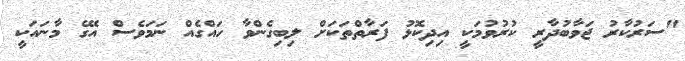
"ސަރުކާރު ޖަވާބުދާރީ ކުރުވުމަކީ އިދިކޮޅު ފަރާތްތަކަށް ލިބިގެންވާ ހައްގެއް ނަމަވެސް އޭގެ މާނައަކީ